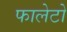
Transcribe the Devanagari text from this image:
फालेटो